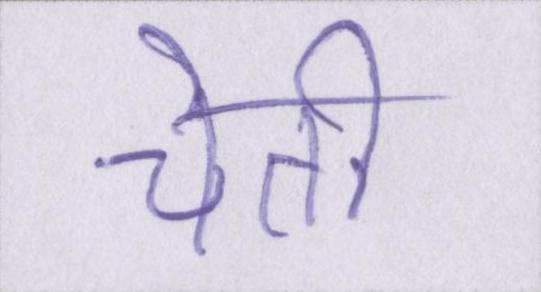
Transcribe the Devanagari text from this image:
चेती